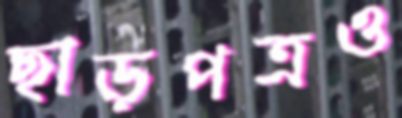
ছাড়পত্রও